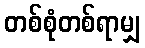
တစ်စုံတစ်ရာမျှ